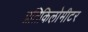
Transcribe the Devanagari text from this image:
प्रतिकिलोमीटर